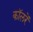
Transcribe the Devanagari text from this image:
कॉलरें